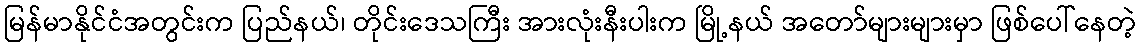
မြန်မာနိုင်ငံအတွင်းက ပြည်နယ်၊ တိုင်းဒေသကြီး အားလုံးနီးပါးက မြို့နယ် အတော်များများမှာ ဖြစ်ပေါ်နေတဲ့